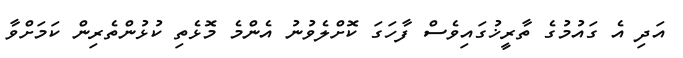
އަދި އެ ގައުމުގެ ތާރީޚުގައިވެސް ފާހަގަ ކޮށްލެވުނު އެންމެ މޮޅެތި ކުޅުންތެރިން ކަމަށްވާ